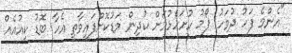
"އެންމެ ފަހު ދުވަހު ފޯމު ހުށަހެޅުމަށް ކުދިން މަޑުކޮށްފައިވާތީ އެހާ ބޮޑު ކިއުއެއް